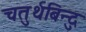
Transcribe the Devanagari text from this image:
चतुर्थबिन्दु